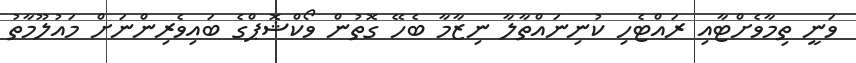
ވަނީ ތިމާވެށްޓާއި ރައްޓެހި ކުނިނައްތާލާ ނިޒާމާ ބެހޭ ގޮތުން ވޯކްޝޮޕްގެ ބައިވެރިންނަށް މައުލޫމާތު